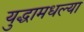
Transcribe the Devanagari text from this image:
युद्धामधल्या